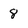
Character: 8